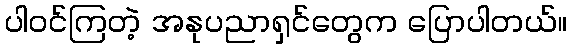
ပါဝင်ကြတဲ့ အနုပညာရှင်တွေက ပြောပါတယ်။